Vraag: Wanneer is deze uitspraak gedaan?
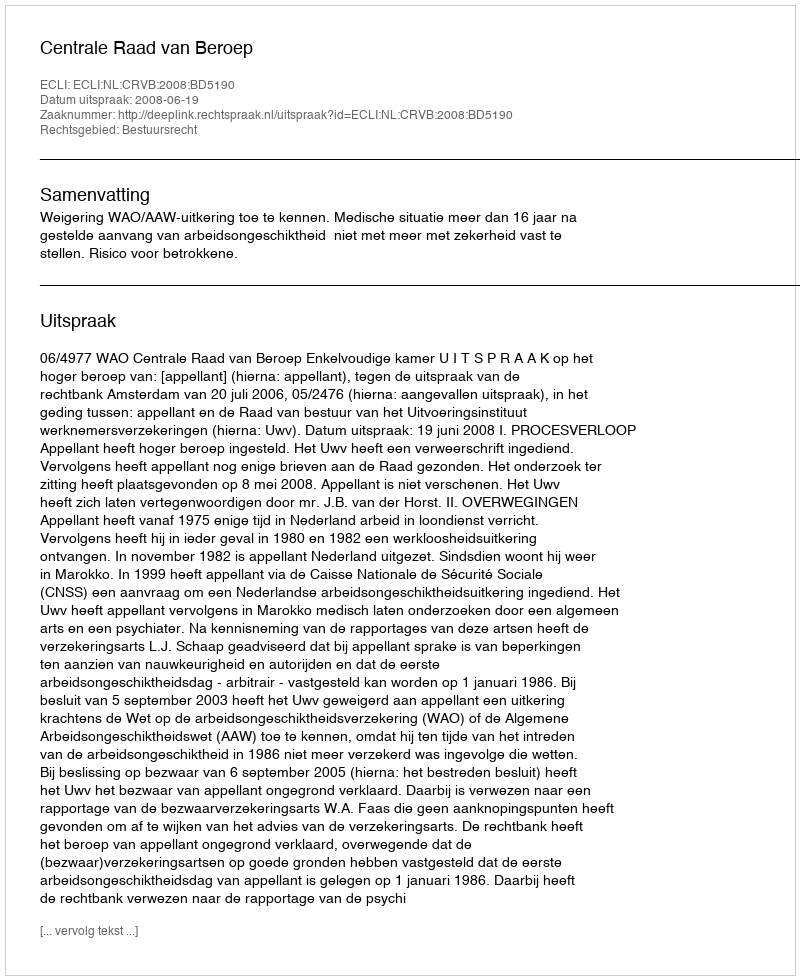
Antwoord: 2008-06-19